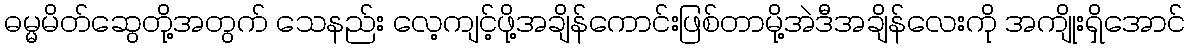
ဓမ္မမိတ်ဆွေတို့အတွက် သေနည်း လေ့ကျင့်ဖို့အချိန်ကောင်းဖြစ်တာမို့အဲဒီအချိန်လေးကို အကျိုးရှိအောင်